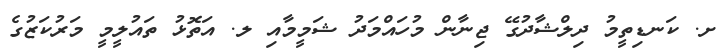
ށ. ކަނޑިތީމު ދިލްޝާދުގޭ ޖިނާން މުހައްމަދު ޝަމީމާއި ލ. އަތޮޅު ތައުލީމީ މަރުކަޒުގެ